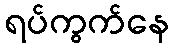
ရပ်ကွက်နေ